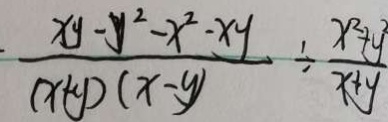
\frac { x y - y ^ { 2 } - x ^ { 2 } - x y } { ( x + y ) ( x - y ) } \div \frac { x ^ { 2 } + y ^ { 2 } } { x + y }